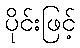
ပိုင်းဖြင့်